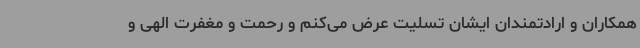
همکاران و ارادتمندان ایشان تسلیت عرض می‌کنم و رحمت و مغفرت الهی و